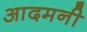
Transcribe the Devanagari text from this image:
आदमनी